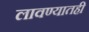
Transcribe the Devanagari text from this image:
लावण्यातही